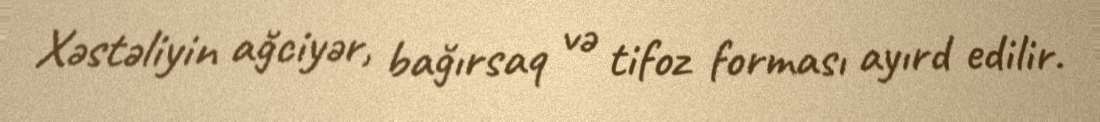
Xəstəliyin ağciyər, bağırsaq və tifoz forması ayırd edilir.